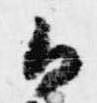
御